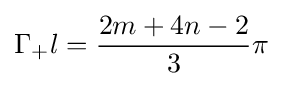
\Gamma _{+}l={\frac {2m+4n-2}{3}}\pi